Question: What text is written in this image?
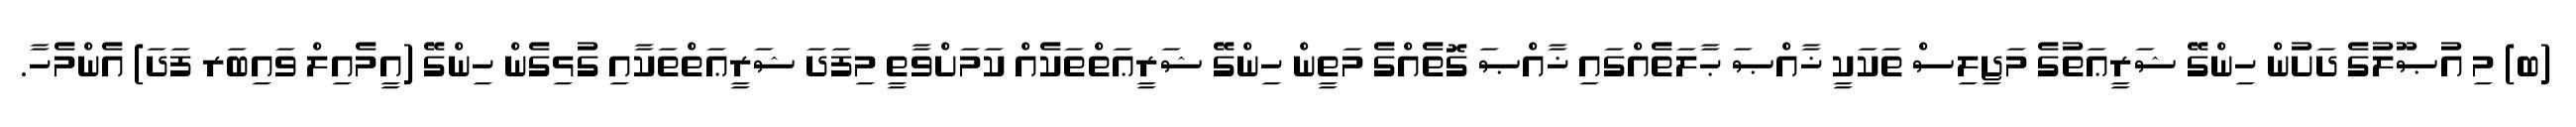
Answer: (ބ) މި އުޞޫލުގެ ދަށުން ހިންގޭ ޝަރީޢަތުގެ މަޖިލިސް ތަކަކީ ޚާއްޞަ ޙާލަތެއްގައި ޚާއްޞަ ގޮތެއްގެ މަތީން ހިންގޭ ޝަރީޢަތްތަކެއް ކަމަށްވާތީ މިފަދަ ޝަރީޢަތްތަކާއި ގުޅިގެން ހިންގޭ (އީމެއިލް ވައިބަރ ފަދަ) އެންމެހާ.